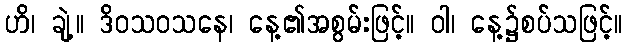
ဟိ၊ ချဲ့။ ဒိဝသဝသနေ၊ နေ့၏အစွမ်းဖြင့်။ ဝါ၊ နေ့၌စပ်သဖြင့်။